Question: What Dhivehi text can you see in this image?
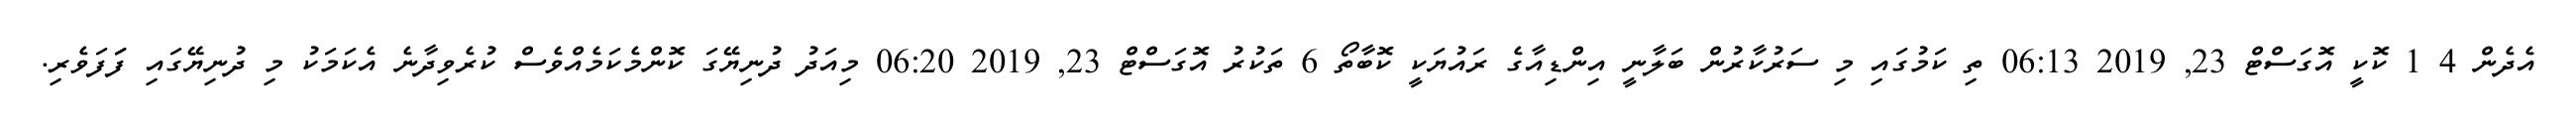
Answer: އެދެން 4 1 ކޮކީ އޮގަސްޓް 23, 2019 06:13 ތި ކަމުގައި މި ސަރުކާރުން ބަލާނީ އިންޑިއާގެ ރައުޔަކީ ކޮބާތޯ 6 ތަކުރު އޮގަސްޓް 23, 2019 06:20 މިއަދު ދުނިޔޭގަ ކޮންމެކަމެއްވެސް ކުރެވިދާނެ އެކަމަކު މި ދުނިޔޭގައި ފަަފަވެރި.